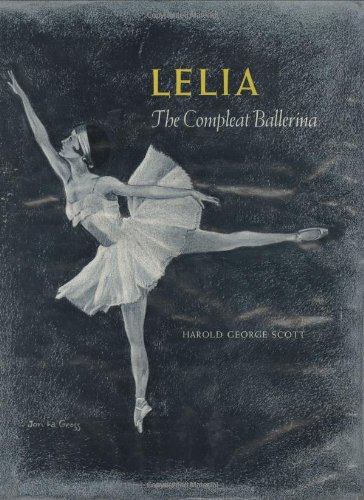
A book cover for Lelia: The Compleat Ballerina; Harold Scott MD; Biographies & Memoirs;